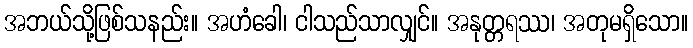
အဘယ်သို့ဖြစ်သနည်း။ အဟံခေါ၊ ငါသည်သာလျှင်။ အနုတ္တရဿ၊ အတုမရှိသော။